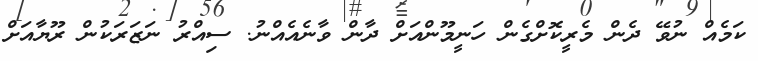
ކަމެއް ނުވޭ ދެން މެރީކޮށްގެން ހަނީމޫންއަށް ދާން ވާނެއެއްނު. ސިއްރު ނަޒަރަކުން ރޫޔާއަށް